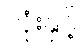
လုံးနှင့်